Indian journal of veterinary science and animal husbandry - Volumes 22-23, 1952-1953
Year: 1952
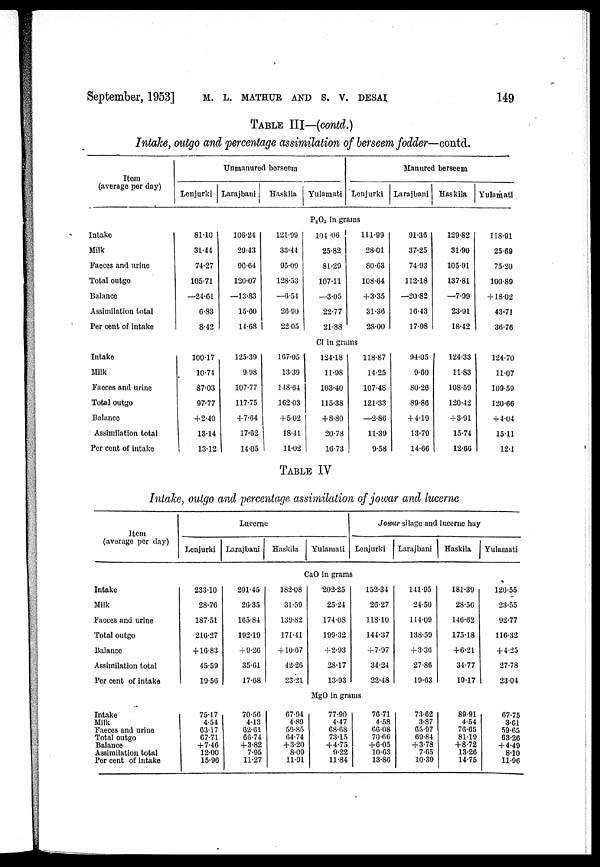
September, 1953] M. L. MATHUR AND S. V. DESAI; 149
TABLE III—(contd.)
Intake, outgo and percentage assimilation of berseem fodder—contd.
Item
(average per day)
Intake
Milk
Faeces and urine
Total outgo
Balance
Assimilation total
Per cent of intake
Intake
Milk
Faeces and urine
Total outgo
Balance
Assimilation total
Per cent of intake
Unmanured berseem
Lenjurki
81.10
31.44
74.27
105.71
—24.61
6.83
8.42
100.17
10.74
87.03
97.77
+2.40
13.14
13.12
Larajbani
106.24
29.43
90.64
120.07
—13.83
15.60
14.68
125.39
9.98
107.77
117.75
+7.64
17.62
14.05
Haskila
121.99
33.44
95.09
128.53
—6.54
26.90
22.05
167.05
13.39
148.64
162.03
+5.02
18.41
1
11.02
Yulamati
Manured berseem
Lenjurki
P 2 O 6 in grams
104 .06
25.82
81.29
107.11
—3.05
22.77
21.88
111.99
28.01
80.63
108.64
+3.35
31.36
28.00
Cl in grams
124.18
11.98
103.40
115.38
+8.80
20.78
16.73
118.87
14.25
107.48
121.33
—2.86
11.39
9.58
Larajbani
91.36
37.25
74.93
112.18
—20.82
16.43
17.98
94.05
9.60
80.26
89.86
+4.19
13.79
14.66
Haskila
129.82
31.90
105.91
137.81
—7.99
23.91
18.42
124.33
11.83
108.59
120.42
+3.91
15.74
12.66
Yulamati
118.91
25.69
75.20
100.89
+18.02
43.71
36.76
124.70
11.07
109.59
120.66
+4.04
15.11
12.1
TABLE IV
Intake, outgo and percentage assimilation of jowar and lucerne
Item
(average per day)
Intake
Milk
Faeces and urine
Total outgo
Balance
Assimilation total
Per cent of intake
Intake
Milk
Faeces and urine
Total outgo
Balance
Assimilation total
Per cent of intake
Lucerne
Lenjurki
233.10
28.76
187.51
216.27
+16.83
45.59
19.56
75.17
4.54
63.17
67.71
+7.46
12.00
15.96
Larajbani
201.45
26.35
165.84
192.19
+9.26
35.61
17.68
70.56
4.13
62.61
66.74
+3.82
7.95
11.27
Haskila
Yulamati
Jowar silage and lucerne hay
Lenjurki
CaO in grams
182.08
31.59
139.82
171.41
+10.67
42.26
23.21
67.94
4.89
59.85
64.74
+3.20
8.09
11.91
202.25
25.24
174.08
199.32
+2.93
28.17
13.93
152.34
26.27
118.10
144.37
+7.97
34.24
22.48
MgO in grams
77.90
4.47
68.68
73.15
+4.75
9.22
11.84
76.71
4.58
66.08
70.66
+6.05
10.63
13.86
Larajbani
141.95
24.50
114.09
138.59
+3.36
27.86
19.63
73.62
3.87
65.97
69.84
+3.78
7.65
10.39
Haskila
181.39
28.56
146.62
175.18
+6.21
34.77
19.17
89.91
4.54
76.65
81.19
+8.72
13.26
14.75
Yulamati
120.55
23.55
92.77
116.32
+4.25
27.78
23.04
67.75
3.61
59.65
63.26
+4.49
8.10
11.96